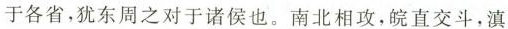
于各省，犹东周之对于诸侯也。南北相攻，皖直交斗，滇